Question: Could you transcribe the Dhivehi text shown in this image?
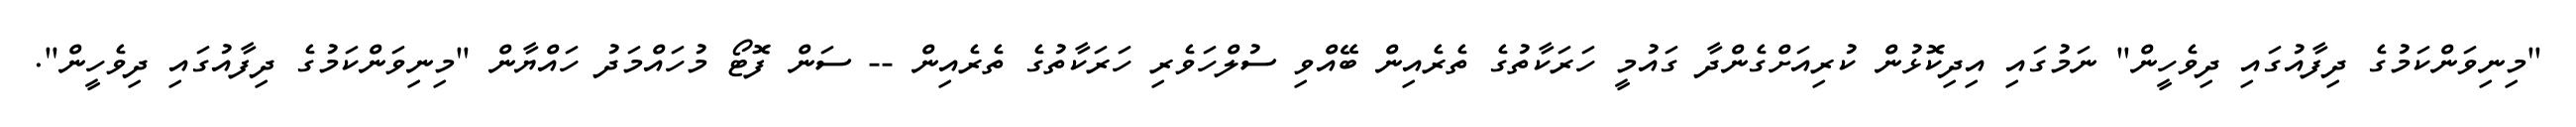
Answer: "މިނިވަންކަމުގެ ދިފާއުގައި ދިވެހީން" ނަމުގައި އިދިކޮޅުން ކުރިއަށްގެންދާ ގައުމީ ހަރަކާތުގެ ތެރެއިން ބޭއްވި ސުލްހަވެރި ހަރަކާތުގެ ތެރެއިން -- ސަން ފޮޓޯ މުހައްމަދު ހައްޔާން "މިނިވަންކަމުގެ ދިފާއުގައި ދިވެހީން".